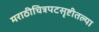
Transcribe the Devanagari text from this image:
मराठीचित्रपटसृष्टीतल्या